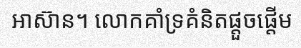
អាស៊ាន។ លោកគាំទ្រគំនិតផ្តួចផ្តើម